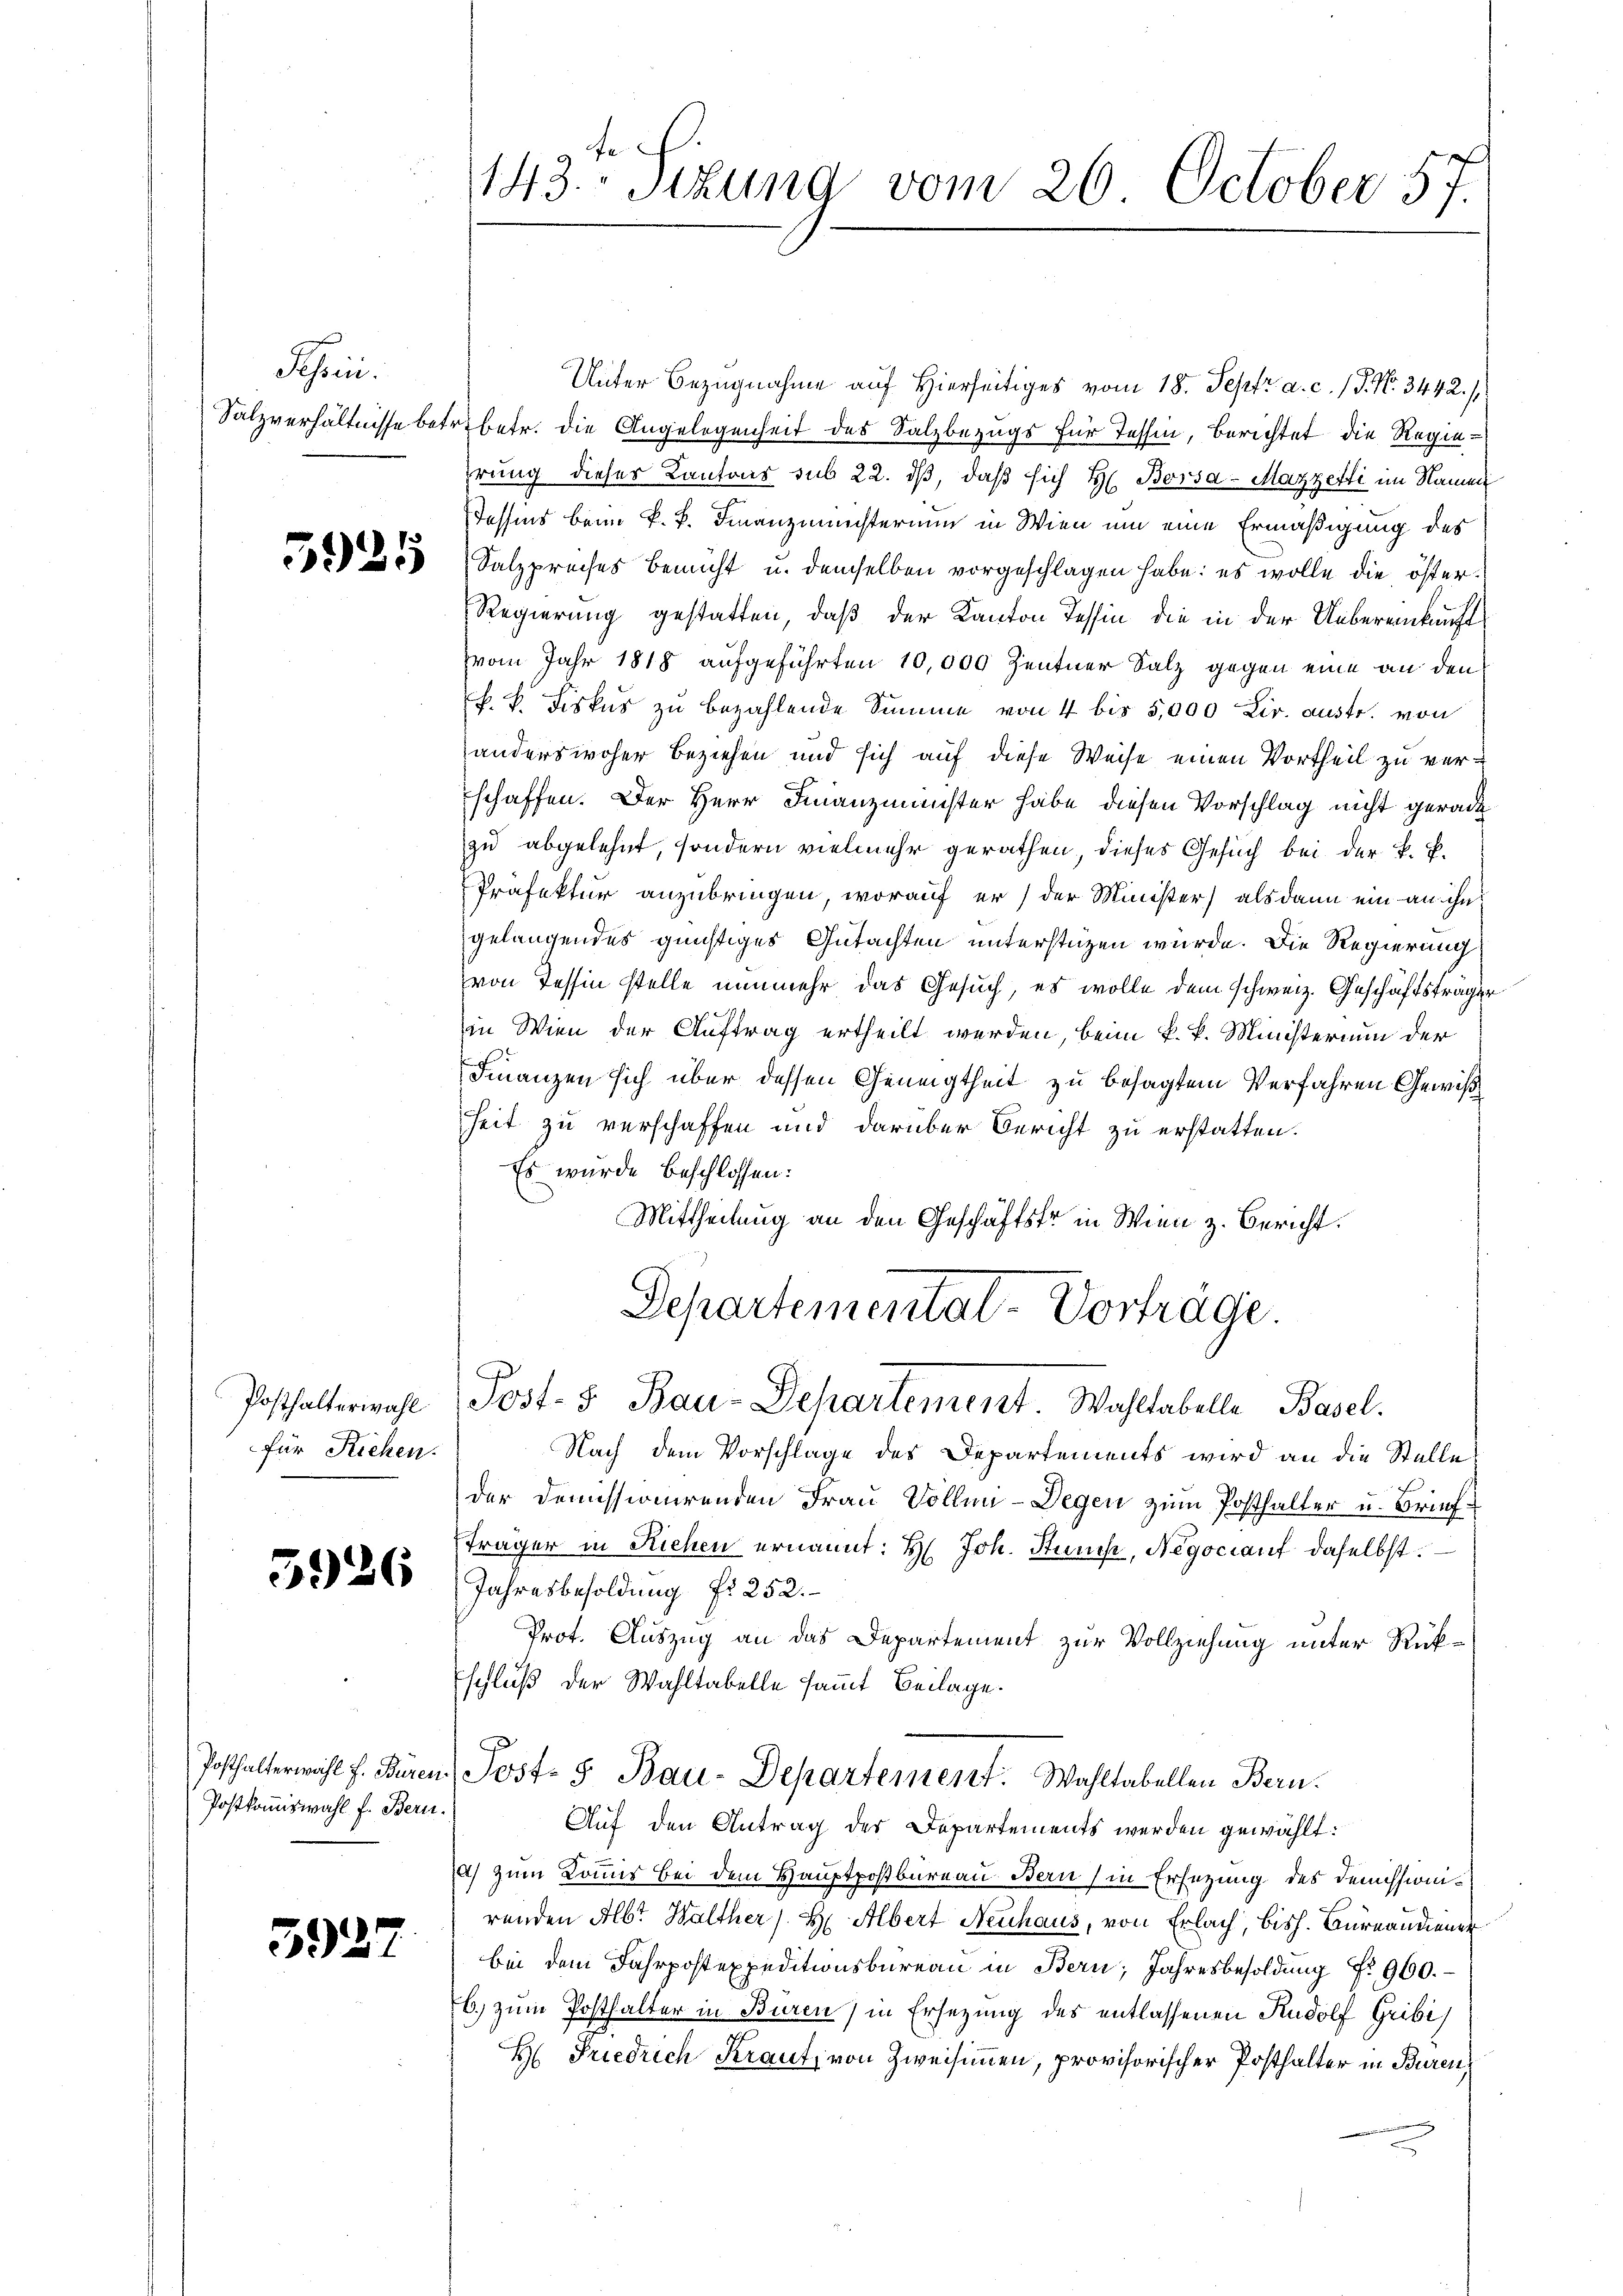
Schrei

Posthalterwahl
für Riehen.

3926

Posthalterwahl f. Bures
Postkomiswahl f. Bern

3927

Unter Bezugnahme auf Hierseitiges vom 18. Sept. a. c. / P. Nr. 3442./
Salzverhältnisse betr. betr. die Angelegenheit des Salzbezugs für Tessin, berichtet die Regiehrung dieses Kantons sub 22. ds, daß sich H. Borsa-Mazzetti im Namen
Tessins beim k. k. Finanzministerium in Wien um eine Ermäßigung des
 Salzpreises bemüht u. demselben vorgeschlagen habe: es wolle die öster¬
Regierung gestatten, daß der Kanton Tessin, die in der Uebereinkunft
vom Jahr 1818 aufgeführten 10,000 Zentner Salz gegen eine an den
k. k. Fiskus zu bezahlende Summe von 4 bis 5,000 Lir. austr. von
anderswoher Beziehen und sich auf diese Weise einen Vortheil zu verschaffen. Der Herr Finanzminister habe diesen Vorschlag nicht gerade
zu abgelehnt, sondern vielmehr gerathen, dieses Gesuch bei der k. k.
Präfektur anzubringen, worauf er) der Minister) als dann ein an ihn
gelangendes günstiges Gutachten unterstüzen würde. Die Regierung
von Tessin stelle nunmehr das Gesuch, es wolle dem schweiz. Geschäftsträger
in Wien der Auftrag ertheilt werden, beim k. k. Ministerium der
Finanzen sich über dessen Geneigtheit zu besagtem Verfahren Gewißheit zu verschaffen und darüber Bericht zu erstatten.
Es wurde beschlossen:
Mittheilung an den Geschäftsfr in Wien z. Bericht.
Departementat-Vorträge.

143.- Sizung vom 26. October 57.

Post- 5. Bau-Departement. Wahltabelle Basel.

Nach dem Vorschlage des Departements wird an die Stelle
der Demissionirenden Frau Vollin-Degen zum Posthalter u. Briefträger in Riehen ernannt: H. Joh. Stunis, Negociauf daselbst.
Jahresbesoldung fr. 252.
Prot. Auszug an das Departement zur Vollziehung unter Rückschluß der Wahltabelle sammt Beilage.
Post- 5. Bau-Departement. Wahltabellen Bern.
Auf den Antrag des Departements werden gewählt:
2) Zum Louis bei dem Hauptpostbureau. Bern (in Ersezung des Demissionirenden Alb. Walther (H. Albert Neuhaus, von Erlach, bish. Bureaudiener
bei dem Fahrpostexpeditionsbüreau in Bern, Jahresbesoldung Nr. 960.
b) zum Posthalter in Buren) in Ersezung des entlassenen Rudolf Gribi
H Friedrich Kraut, von Zweisimmen, provisorischer Posthalter in Buren,